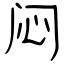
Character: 闷